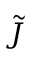
\tilde { J }